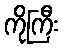
ကိုကြီး